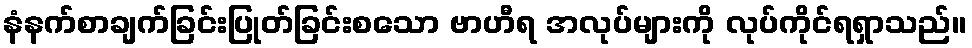
နံနက်စာချက်ခြင်းပြုတ်ခြင်းစသော ဗာဟီရ အလုပ်များကို လုပ်ကိုင်ရရှာသည်။